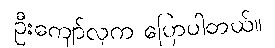
ဦးကျော်လှက ပြောပါတယ်။